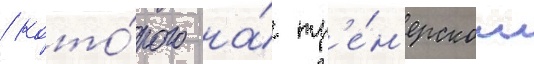
/ кото́рого на́ тр'е́н'ерском